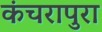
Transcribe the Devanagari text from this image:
कंचरापुरा